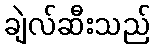
ချဲလ်ဆီးသည်